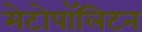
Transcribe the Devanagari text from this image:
मेटोपॉलिटन